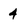
Character: 4